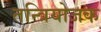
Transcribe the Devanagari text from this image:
तन्त्रियोजक